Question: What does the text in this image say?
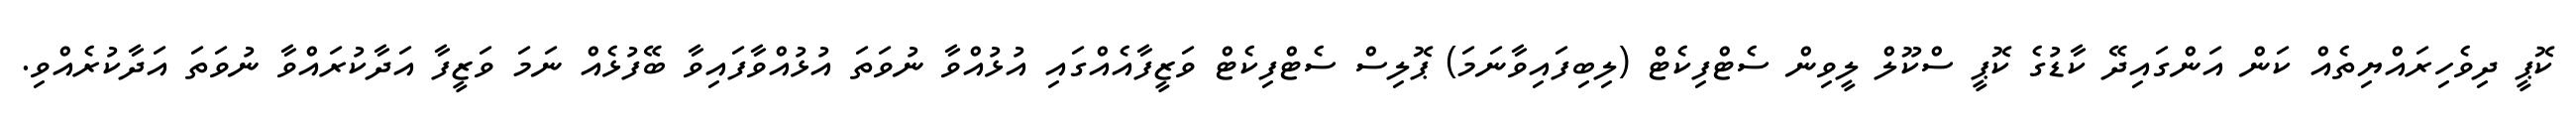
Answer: ކޮޕީ ދިވެހިރައްޔިތެއް ކަން އަންގައިދޭ ކާޑުގެ ކޮޕީ ސްކޫލް ލީވިން ސެޓްފިކެޓް (ލިބިފައިވާނަމަ) ޕޮލިސް ސެޓްފިކެޓް ވަޒީފާއެއްގައި އުޅުއްވާ ނުވަތަ އުޅުއްވާފައިވާ ބޭފުޅެއް ނަމަ ވަޒީފާ އަދާކުރައްވާ ނުވަތަ އަދާކުރެއްވި.